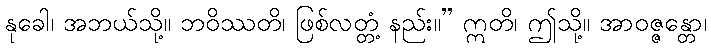
နုခေါ၊ အဘယ်သို့။ ဘဝိဿတိ၊ ဖြစ်လတ္တံ့ နည်း။” ဣတိ၊ ဤသို့။ အာဝဇ္ဇန္တော၊